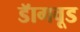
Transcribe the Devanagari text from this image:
डॅागवूड